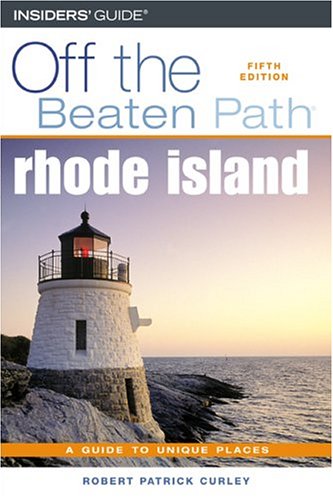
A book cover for Rhode Island Off the Beaten Path, 5th (Off the Beaten Path Series); Robert Curley; Travel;